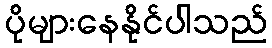
ပိုများနေနိုင်ပါသည်